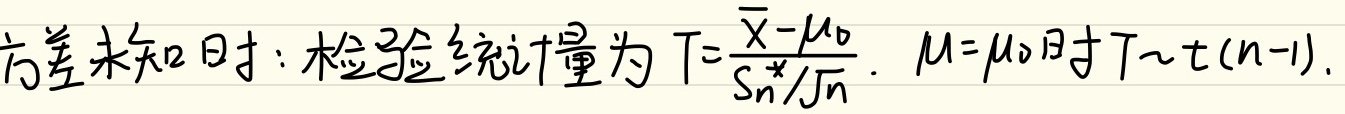
方差未知时：检验统计量为 \(T = \frac{\overline{X}-\mu_{0}}{S_{n}^{*}/\sqrt{n}}\)。当 \(\mu=\mu_{0}\) 时，\(T\sim t(n - 1)\)。